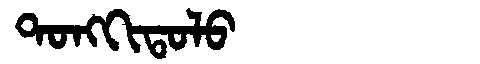
Manchu: ᡨᠣᠩᡴᡳᡨᠣᠯᠣ
Romanization: TONGKITOLO